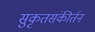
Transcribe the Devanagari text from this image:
सुकृतसंकीर्तन